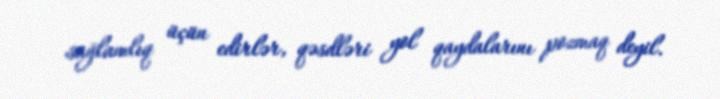
sağlamlıq üçün edirlər, qəsdləri yol qaydalarını pozmaq deyil.